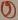
Text: 2